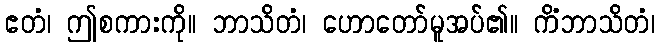
ဧတံ၊ ဤစကားကို။ ဘာသိတံ၊ ဟောတော်မူအပ်၏။ ကိံဘာသိတံ၊